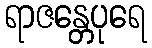
ရာဇန္တေပုရေ